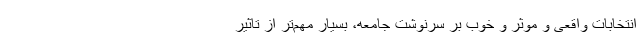
انتخابات واقعی و موثر و‌ خوب بر سرنوشت جامعه، بسیار مهم‌تر از تاثیر